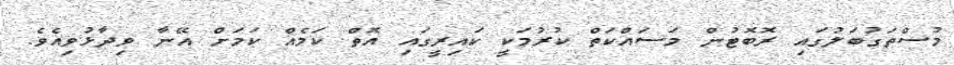
މުސްތަގުބަލުގައި ރޮބޮޓުން މަސައްކަތް ކުރުމަކީ ކައިރީގައި އޮތް ކަމެއް ކަމަށް އޭނާ ވިދާޅުވިއެވެ.